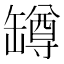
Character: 罇